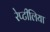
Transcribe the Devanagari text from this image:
रेप्टीलिया